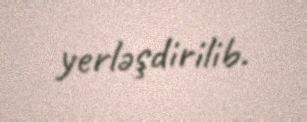
yerləşdirilib.